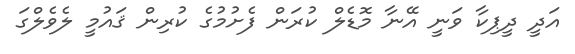
އަދީ ދީޕިކާ ވަނީ އޭނާ މޮޑެލް ކުރަން ފެށުމުގެ ކުރިން ޤައުމީ ލެވެލްގަ